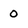
Character: 0